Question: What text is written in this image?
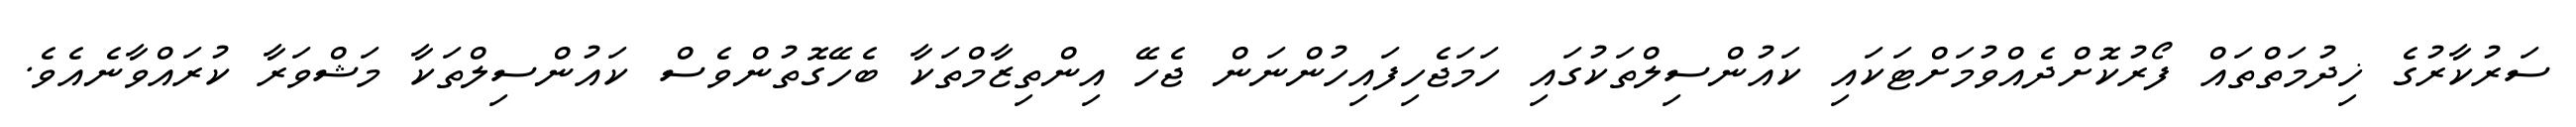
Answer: ސަރުކާރުގެ ޚިދުމަތްތައް ފޯރުކޮށްދެއްވުމަށްޓަކައި ކައުންސިލްތަކުގައި ހަމަޖެހިފައިހުންނަން ޖެހޭ އިންތިޒާމްތަކާ ބެހޭގޮތުންވެސް ކައުންސިލްތަކާ މަޝްވަރާ ކުރައްވާނެއެވެ.